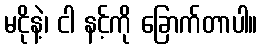
မငိုနဲ့၊ ငါ နင့်ကို ခြောက်တာပါ။